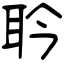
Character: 耹